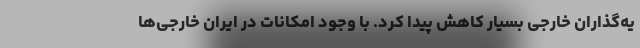
یه‌گذاران خارجی بسیار کاهش پیدا کرد. با وجود امکانات در ایران خارجی‌ها